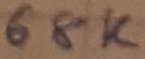
Text: 68K